Sketch of the medical history of the native army of Bombay, for the year
Year: 1872
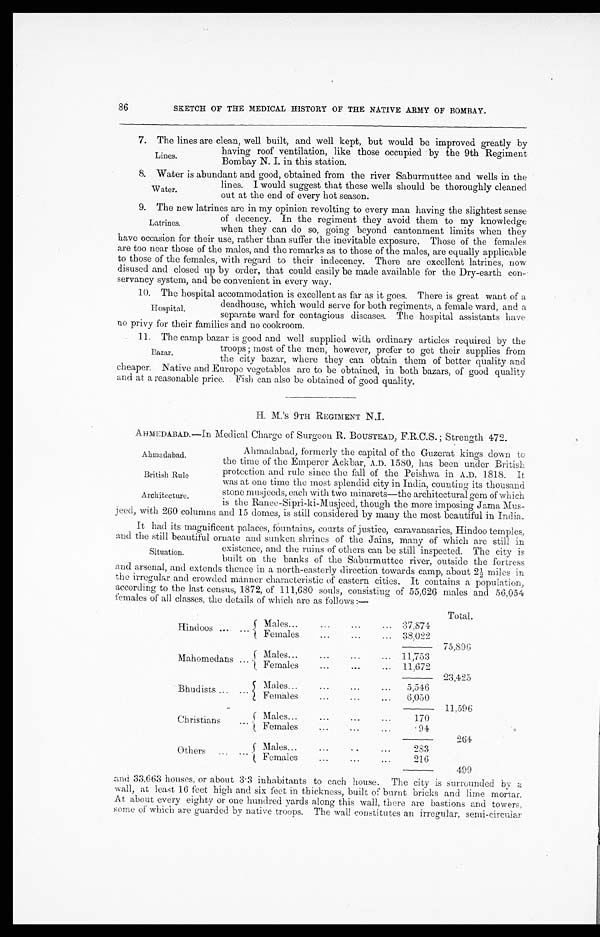
Ahmadabad.
British Rule
Architecture.
86
SKETCH OF THE MEDICAL HISTORY OF THE NATIVE ARMY OF BOMBAY.
7. The lines are clean, well built, and well kept, but would be improved greatly by
having roof ventilation, like those occupied by the 9th Regiment
Bombay N. I. in this station.
8. Water is abundant and good, obtained from the river Saburmuttee and wells in the
lines. I would suggest that these wells should be thoroughly cleaned
out at the end of every hot season.
9. The new latrines are in my opinion revolting to every man having the slightest sense
of decency. In the regiment they avoid them to my knowledge
when they can do so, going beyond cantonment limits when they
have occasion for their use, rather than suffer the inevitable exposure. Those of the females
are too near those of the males, and the remarks as to those of the males, are equally applicable
to those of the females, with regard to their indecency. There are excellent latrines, now
disused and closed up by order, that could easily be made available for the Dry-earth con-
servancy system, and be convenient in every way.
10. The hospital accommodation is excellent as far as it goes. There is great want of a
deadhouse, which would serve for both regiments, a female ward, and a
separate ward for contagious diseases. The hospital assistants have
no privy for their families and no cookroom.
11. The camp bazar is good and well supplied with ordinary articles required by the
troops; most of the men, however, prefer to get their supplies from
the city bazar, where they can obtain them of better quality and
cheaper. Native and Europe vegetables are to be obtained, in both bazars, of good quality
and at a reasonable price. Fish can also be obtained of good quality.
H. M.'S 9TH REGIMENT N.I.
AHMEDABAD.—In Medical Charge of Surgeon R. BOUSTEAD, F.R.C.S.; Strength 472.
Ahmadabad, formerly the capital of the Guzerat kings down to
the time of the Emperor Ackbar, A.D. 1580, has been under British
protection and rule since the fall of the Peishwa in A.D. 1818. It
was at one time the most splendid city in India, counting its thousand
stone musjeeds, each with two minarets—the architectural gem of which
is the Ranee-Sipri-ki-Musjeed, though the more imposing Jama Mus -
jeed, with 260 columns and 15 domes, is still considered by many the most beautiful in India.
It had its magnificent palaces, fountains, courts of justice, caravansaries, Hindoo temples,
and the still beautiful ornate and sunken shrines of the Jains, many of which are still in
existence, and the ruins of others can be still inspected. The city is
built on the banks of the Saburmuttee river, outside the fortress
and arsenal, and extends thence in a north-easterly direction towards camp, about 2½ miles in
the irregular and crowded manner characteristic of eastern cities. It contains a population,
according to the last census, 1872, of 111,680 souls, consisting of 55,626 males and 56,054
females of all classes, the details of which are as follows:—
Total.
Hindoos . . .
Males . . .
37,874
7 5 , 8 9 6
F e m a l e s . . .
38,022
Mahomedans . . .
Males . . .
11,753
Females . . .
11,672
23,425
Bhudists . . .
Males . . .
5,546
Females . . .
6,050
11,596
Christians . . .
M a l e s . . .
1 7 0
Females . . .
94
264
Others . . .
Males . . .
283
Females . . .
216
499
and 33,663 houses, or about 3.3 inhabitants to each house. The city is surrounded by a
wall, at least 16 feet high and six feet in thickness, built of burnt bricks and lime mortar.
At about every eighty or one hundred yards along this wall, there are bastions and towers,
some of which are guarded by native troops. The wall constitutes an irregular, semi-circular
Lines.
Water.
Latrines.
Hospital.
Bazar.
Situation.